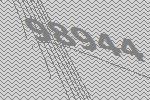
98944